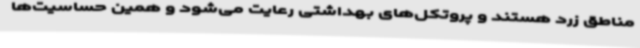
مناطق زرد هستند و پروتکل‌های بهداشتی رعایت می‌شود و همین حساسیت‌ها